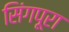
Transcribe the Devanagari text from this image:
सिंगपूरा